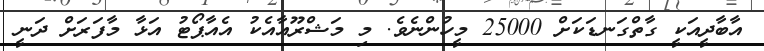
އާބާދީއަކީ ގާތްގަނޑަކަށް 25000 މީހުންނެވެ. މި މަޝްރޫއާއެކު އެއާޕޯޓު އަޅާ މާފަރަށް ދަނީ